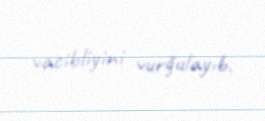
vacibliyini vurğulayıb.